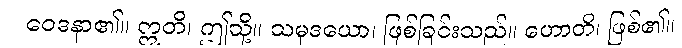
ဝေဒနာ၏။ ဣတိ၊ ဤသို့။ သမုဒယော၊ ဖြစ်ခြင်းသည်။ ဟောတိ၊ ဖြစ်၏။